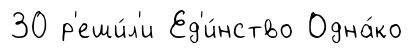
30 р'еши́л'и Ед'и́нство Одна́ко